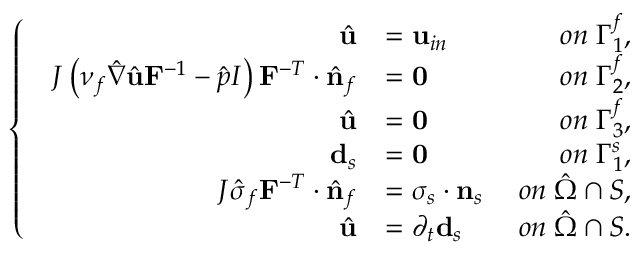
\left\{ \begin{array} { l l } { \begin{array} { r l r } { \hat { \mathbf { u } } } & { = \mathbf { u } _ { i n } \; } & { o n \; \Gamma _ { 1 } ^ { f } , } \\ { J \left( \nu _ { f } \hat { \nabla } \hat { \mathbf { u } } \mathbf { F } ^ { - 1 } - \hat { p } I \right) \mathbf { F } ^ { - T } \cdot \hat { \mathbf { n } } _ { f } } & { = \mathbf { 0 } \; } & { o n \; \Gamma _ { 2 } ^ { f } , } \\ { \hat { \mathbf { u } } } & { = \mathbf { 0 } \; } & { o n \; \Gamma _ { 3 } ^ { f } , } \\ { \mathbf { d } _ { s } } & { = \mathbf { 0 } \; } & { o n \; \Gamma _ { 1 } ^ { s } , } \\ { J \hat { \sigma } _ { f } \mathbf { F } ^ { - T } \cdot \hat { \mathbf { n } } _ { f } } & { = \boldsymbol { \sigma } _ { s } \cdot \mathbf { n } _ { s } \; } & { o n \; \hat { \Omega } \cap \cal S , } \\ { \hat { \mathbf { u } } } & { = \partial _ { t } \mathbf { d } _ { s } \; } & { o n \; \hat { \Omega } \cap \cal S . } \end{array} } \end{array} \right.